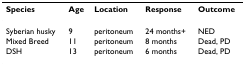
<table><thead><tr><td><b>Species</b></td><td><b>Age</b></td><td><b>Location</b></td><td><b>Response</b></td><td><b>Outcome</b></td></tr></thead><tbody><tr><td>Syberian husky</td><td>9</td><td>peritoneum</td><td>24 months+</td><td>NED</td></tr><tr><td>Mixed Breed</td><td>11</td><td>peritoneum</td><td>8 months</td><td>Dead, PD</td></tr><tr><td>DSH</td><td>13</td><td>peritoneum</td><td>6 months</td><td>Dead, PD</td></tr></tbody></table>